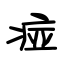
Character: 痖